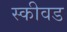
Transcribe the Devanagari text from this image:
स्कीवड